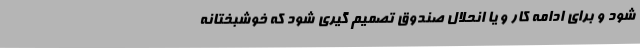
شود و برای ادامه کار و یا انحلال صندوق تصمیم گیری شود که خوشبختانه